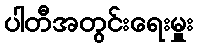
ပါတီအတွင်းရေးမှူး